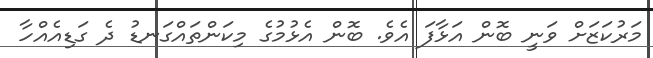
މަރުކަޒަށް ވަނީ ބޮން އަޅާފަ އެވެ. ބޮން އެޅުމުގެ މިކަންތައްގަނޑު ދެ ގަޑިއެއްހާ